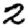
Digit: 2